Indian journal of veterinary science and animal husbandry - Volume 2,
Year: 1932
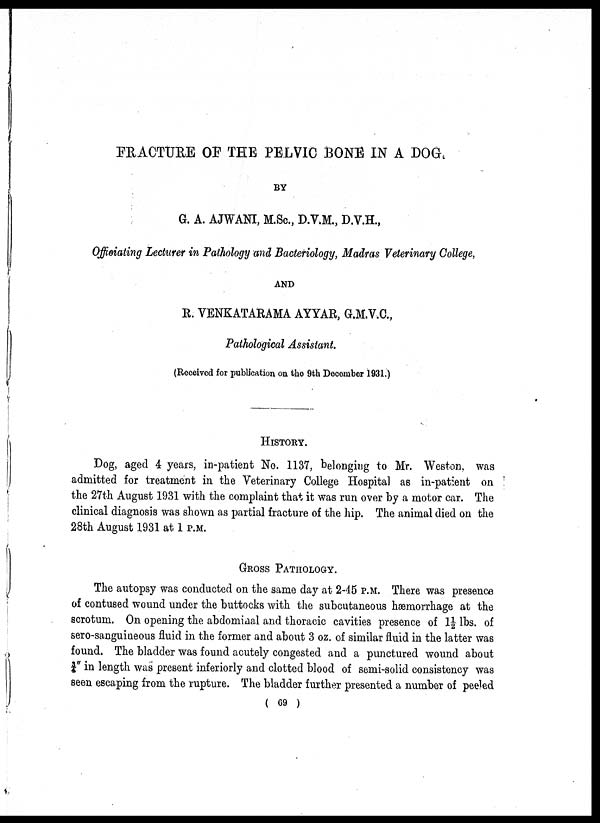
FRACTURE OF THE PELVIC BONE IN A DOG.
BY
G. A. AJWANI, M.Sc., D.V.M., D.V.H.,
Officiating Lecturer in Pathology and Bacteriology, Madras Veterinary College,
AND
R. VENKATARAMA AYYAR, G.M.V.C.,
Pathological Assistant.
(Received for publication on the 9th December 1931.)
HISTORY.
Dog, aged 4 years, in-patient No. 1137, belonging to Mr. Weston, was
admitted for treatment in the Veterinary College Hospital as in-patient on
the 27th August 1931 with the complaint that it was run over by a motor car. The
clinical diagnosis was shown as partial fracture of the hip. The animal died on the
28th August 1931 at 1 P.M.
GROSS PATHOLOGY.
The autopsy was conducted on the same day at 2-45 P.M. There was presence
of contused wound under the buttocks with the subcutaneous hæmorrhage at the
scrotum. On opening the abdominal and thoracic cavities presence of 1½ lbs. of
sero-sanguineous fluid in the former and about 3 oz. of similar fluid in the latter was
found. The bladder was found acutely congested and a punctured wound about
¾" in length was present inferiorly and clotted blood of semi-solid consistency was
seen escaping from the rupture. The bladder further presented a number of peeled
( 69 )